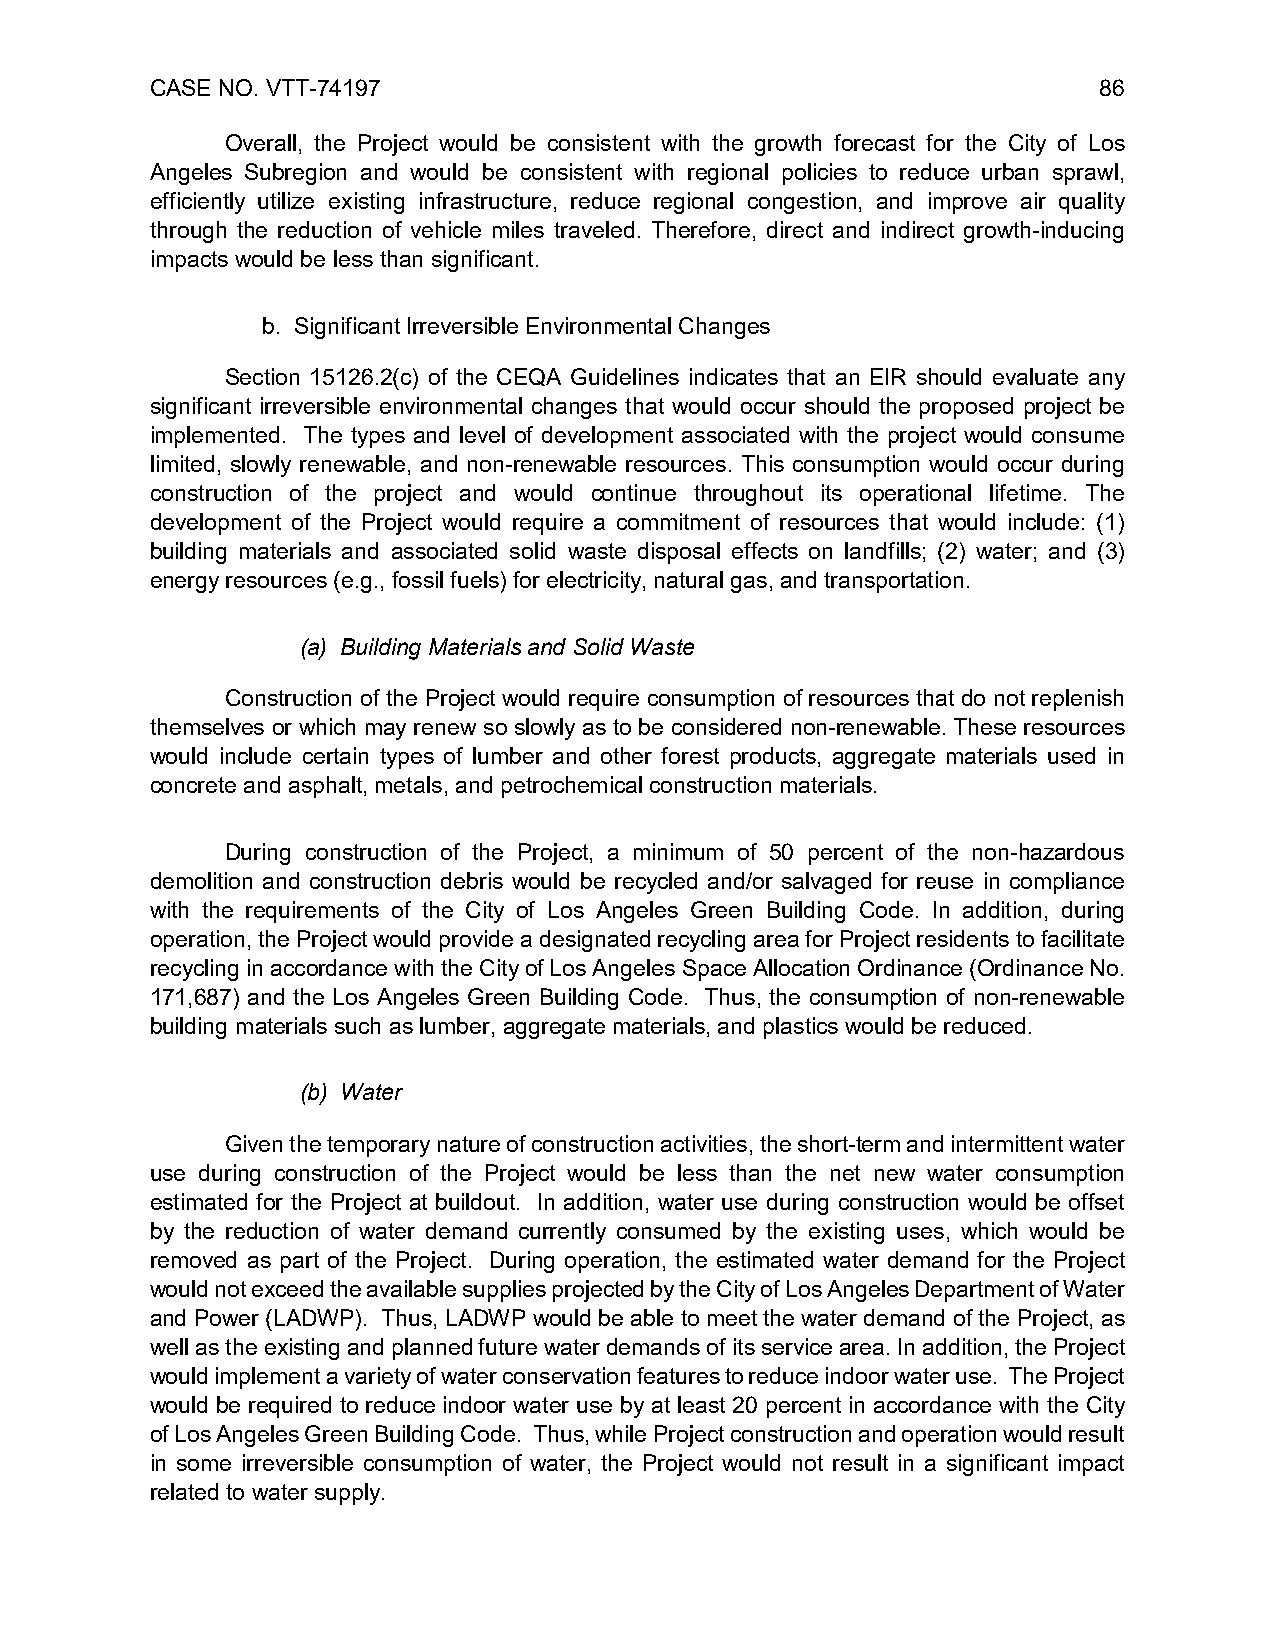
CASE NO. VTT-74197                                             86
 Overall, the Project would be consistent with the growth forecast for the City of Los
 Angeles Subregion and would be consistent with regional policies to reduce urban sprawl,
 efficiently utilize existing infrastructure, reduce regional congestion, and improve air quality
 through the reduction of vehicle miles traveled. Therefore, direct and indirect growth-inducing
 impacts would be less than significant.
 b. Significant Irreversible Environmental Changes
 Section 15126.2(c) of the CEQA Guidelines indicates that an EIR should evaluate any
 significant irreversible environmental changes that would occur should the proposed project be
 implemented. The types and level of development associated with the project would consume
 limited, slowly renewable, and non-renewable resources. This consumption would occur during
 construction of the project and would continue throughout its operational lifetime. The
 development of the Project would require a commitment of resources that would include: (1)
 building materials and associated solid waste disposal effects on landfills; (2) water; and (3)
 energy resources (e.g., fossil fuels) for electricity, natural gas, and transportation.
 (a) Building Materials and Solid Waste
 Construction of the Project would require consumption of resources that do not replenish
 themselves or which may renew so slowly as to be considered non-renewable. These resources
 would include certain types of lumber and other forest products, aggregate materials used in
 concrete and asphalt, metals, and petrochemical construction materials.
 During construction of the Project, a minimum of 50 percent of the non-hazardous
 demolition and construction debris would be recycled and/or salvaged for reuse in compliance
 with the requirements of the City of Los Angeles Green Building Code. In addition, during
 operation, the Project would provide a designated recycling area for Project residents to facilitate
 recycling in accordance with the City of Los Angeles Space Allocation Ordinance (Ordinance No.
 171,687) and the Los Angeles Green Building Code. Thus, the consumption of non-renewable
 building materials such as lumber, aggregate materials, and plastics would be reduced.
 (b) Water
 Given the temporary nature of construction activities, the short-term and intermittent water
 use during construction of the Project would be less than the net new water consumption
 estimated for the Project at buildout. In addition, water use during construction would be offset
 by the reduction of water demand currently consumed by the existing uses, which would be
 removed as part of the Project. During operation, the estimated water demand for the Project
 would not exceed the available supplies projected by the City of Los Angeles Department of Water
 and Power (LADWP). Thus, LADWP would be able to meet the water demand of the Project, as
 well as the existing and planned future water demands of its service area. In addition, the Project
 would implement a variety of water conservation features to reduce indoor water use. The Project
 would be required to reduce indoor water use by at least 20 percent in accordance with the City
 of Los Angeles Green Building Code. Thus, while Project construction and operation would result
 in some irreversible consumption of water, the Project would not result in a significant impact
 related to water supply.